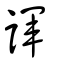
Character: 諢